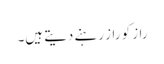
راز کو راز رہنے دیتے ہیں۔